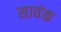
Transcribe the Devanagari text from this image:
सावंक